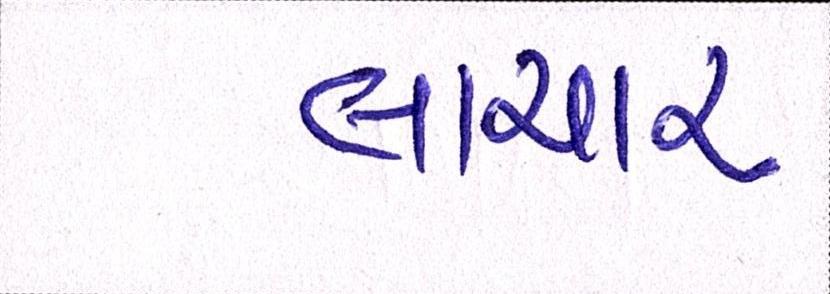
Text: લાચાર